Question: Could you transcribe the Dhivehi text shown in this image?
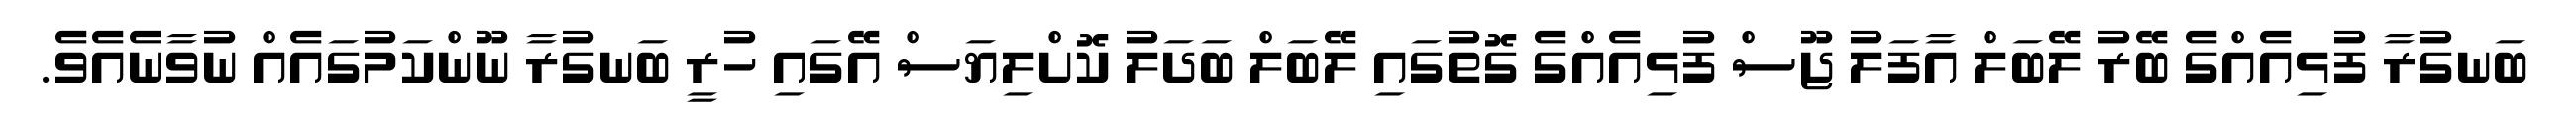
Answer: ބަނގުރާ ފުޅިއެއްގެ ބޭރު ލޭބަލް އާފަލު ޖޫސް ފުޅިއެއްގެ ގޮތުގައި ލޭބަލް ބަދަލު ކޮށްލިޔަސް އޭގައި ހުރީ ބަނގުރާ ނޫންކަމުގައެއް ނުވާނެއެވެ.